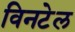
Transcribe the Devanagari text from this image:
विनटेल